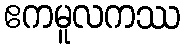
ဧကမူလကဿ